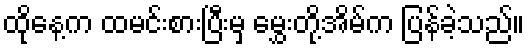
ထိုနေ့က ထမင်းစားပြီးမှ မွှေးတို့အိမ်က ပြန်ခဲ့သည်။